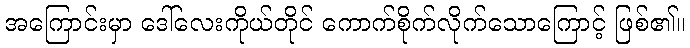
အကြောင်းမှာ ဒေါ်လေးကိုယ်တိုင် ကောက်စိုက်လိုက်သောကြောင့် ဖြစ်၏။